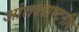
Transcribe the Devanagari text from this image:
आंतरराष्ट्नीय